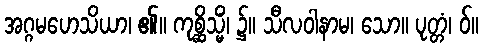
အဂ္ဂမဟေသိယာ၊ ၏။ ကုစ္ဆိသ္မိံ၊ ၌။ သီလဝါနာမ၊ သော။ ပုတ္တံ၊ ဝ်။